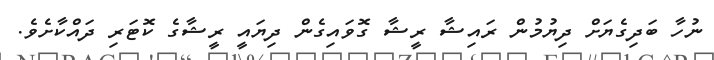
ނުހާ ބަދިގެޔަށް ދިޔުމުން ރައިޝާ ރީޝާ ގޮވައިގެން ދިޔައީ ރީޝާގެ ކޮޓަރި ދައްކާށެވެ.